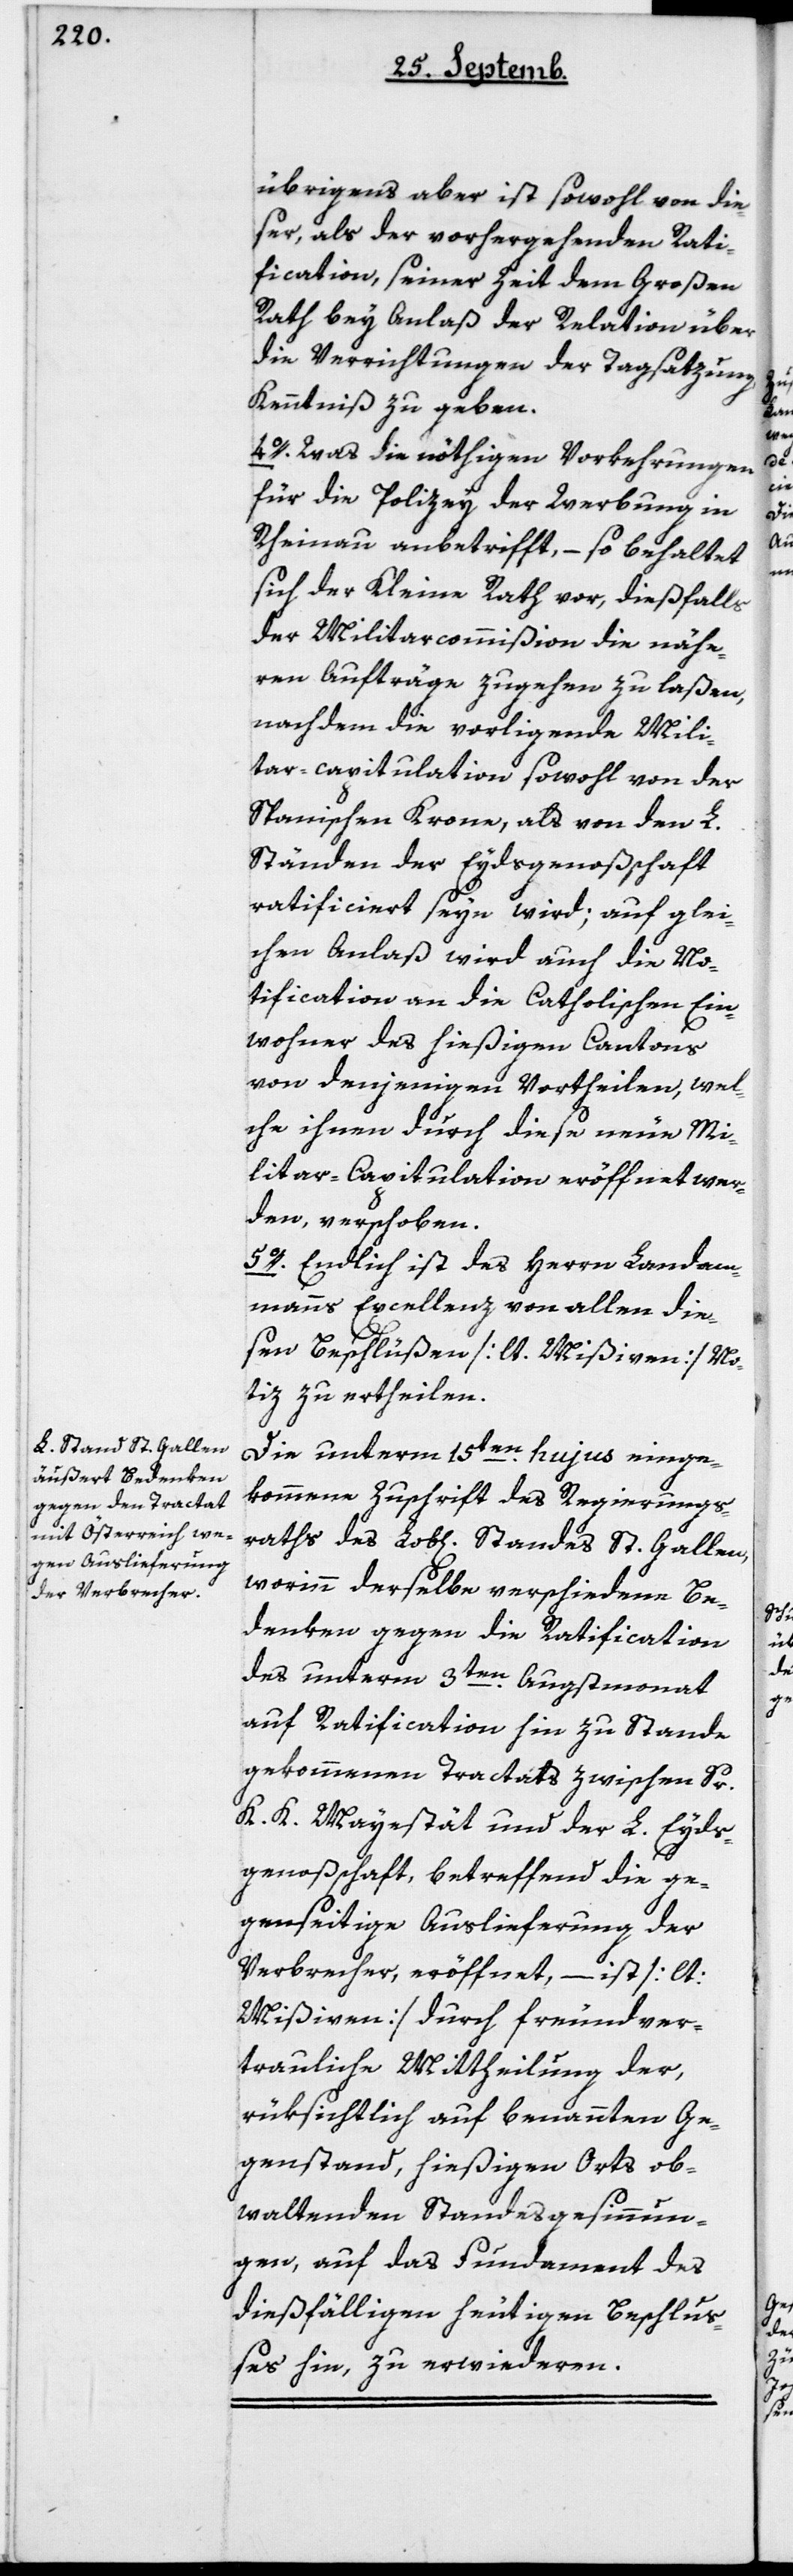
übrigens aber ist sowohl von die¬
ser, als der vorhergehenden Rati¬
fication, seiner Zeit dem Großen
Rath bey Anlaß der Relation über
die Verrichtungen der Tagsatzung
Kenntniß zu geben.
4o. Was die nöthigen Vorkehrungen
für die Policey der Werbung in
Rheinau anbetrifft, – so behaltet
sich der Kleine Rath vor, dießfalls
der Militarcommißion die nähe¬
ren Aufträge zugehen zu laßen,
nachdem die vorliegende Mili¬
tar-capitulation sowohl von der
Spanischen Krone, als von den L.
Ständen der Eydsgenoßenschaft
ratificiert seyn wird; auf glei¬
chen Anlaß wird auch die No¬
tification an die Catholischen Ein¬
wohner des hießigen Cantons
von denjenigen Vortheilen, wel¬
che ihnen durch diese neue Mi¬
litar-Capitulation eröffnet wer¬
den, verschoben.
5o. Endlich ist des Herrn Landam¬
manns Excellenz von allen die¬
sen Beschlüßen [lt. Mißiven] No¬
tiz zu ertheilen.
Die unterm 15ten hujus einge¬
kommene Zuschrift des Regierungs¬
raths des Lobl[ichen] Standes St. Gallen,
worinn derselbe verschiedene Be¬
denken gegen die Ratification
des unterm 3ten Augstmonat
auf Ratification hin zu Stande
gekommenen Tractats zwischen Sr
K. K. Majestät und der L. Eyds¬
genoßenschaft, betreffend die ge¬
genseitige Auslieferung der
Verbrecher, eröffnet, – ist [lt.
Mißiven] durch freundver¬
trauliche Mittheilung der,
rüksichtlich auf benannten Ge¬
genstand, hießigen Orts ob¬
waltenden Standesgesinnun¬
gen, auf das Fundament des
dießfälligen heutigen Beschlu¬
ßes hin, zu erwideren.